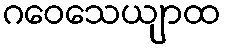
ဂဝေသေယျာထ